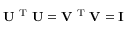
\bf U ^ { \mathrm { ~ T ~ } } U = V ^ { \mathrm { ~ T ~ } } V = I